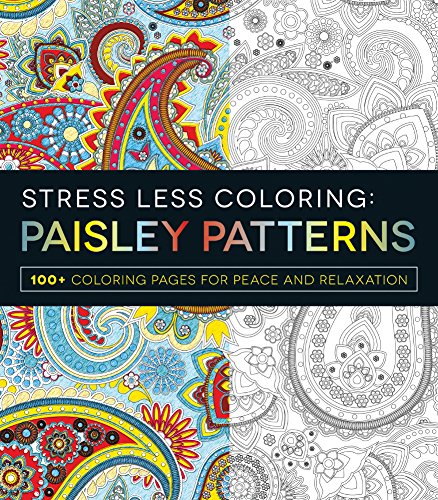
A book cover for Stress Less Coloring - Paisley Patterns: 100+ Coloring Pages for Peace and Relaxation; Adams Media; Self-Help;